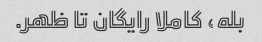
بله، کاملا رایگان تا ظهر.